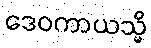
ဒေဝကာယသ္မိ